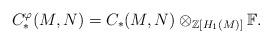
LaTeX: \begin{align*}C_*^{\varphi}(M,N)=C_*(M,N)\otimes_{\mathbb{Z}[H_1(M)]}\mathbb{F}.\end{align*}